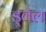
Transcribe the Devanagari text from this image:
ड्वेल